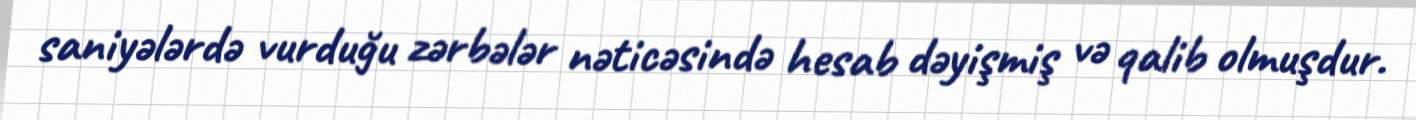
saniyələrdə vurduğu zərbələr nəticəsində hesab dəyişmiş və qalib olmuşdur.